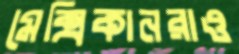
মেক্সিকানরাও